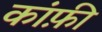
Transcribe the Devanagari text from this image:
कांफ़ी